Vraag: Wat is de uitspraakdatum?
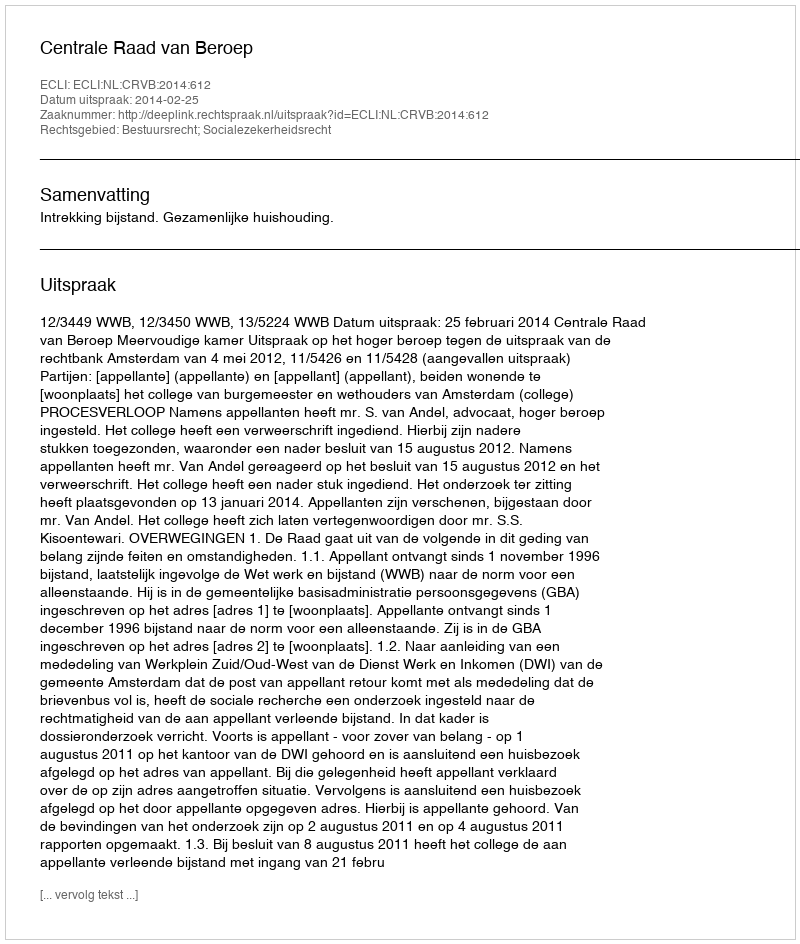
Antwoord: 2014-02-25